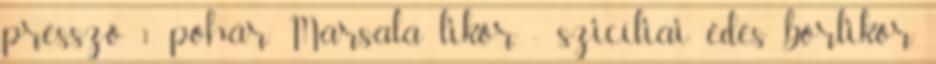
presszó 1 pohár Marsala likőr - szicíliai édes borlikőr